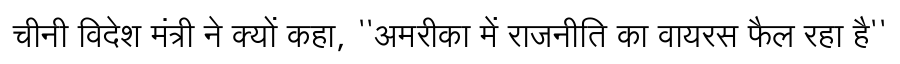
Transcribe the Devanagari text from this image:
चीनी विदेश मंत्री ने क्यों कहा, ''अमरीका में राजनीति का वायरस फैल रहा है''